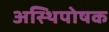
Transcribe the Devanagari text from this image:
अस्थिपोषक